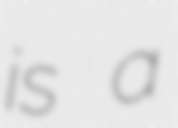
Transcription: is a